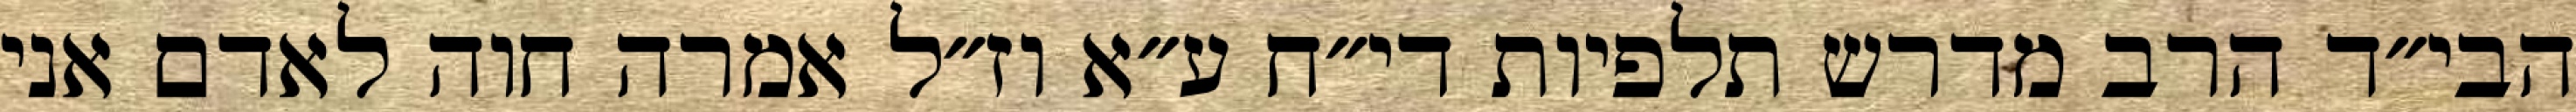
הבי״ד הרב מדרש תלפיות די״ח ע״א וז״ל אמרה חוה לאדם אני